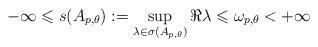
LaTeX: \begin{align*} -\infty\leqslant s(A_{p,\theta}):=\sup_{\lambda\in\sigma(A_{p,\theta})}\Re\lambda\leqslant\omega_{p,\theta}< +\infty\end{align*}